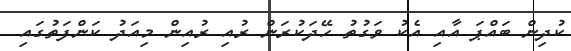
ކުދިން ބައްޕަ އާއި އެކު ވަގުތު ހޭދަކުރަން ރުއި ރުއިން މިއަދު ކަންފަތުގައި